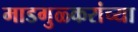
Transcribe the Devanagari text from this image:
माडगुळ्करांच्या